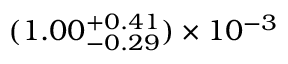
( 1 . 0 0 _ { - 0 . 2 9 } ^ { + 0 . 4 1 } ) \times 1 0 ^ { - 3 }